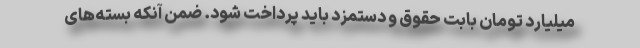
میلیارد تومان بابت حقوق و دستمزد باید پرداخت شود. ضمن آنکه بسته‌های